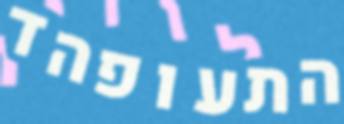
התעופהד